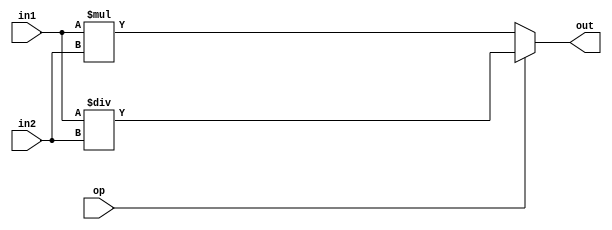
module FU_MUL_DIV(op, in1, in2, out);

	input op;
	input [15:0] in1, in2;
	output [15:0] out;
	
	reg [15:0] temp;
	
	always@(*)
	begin
		if(op)
		begin
			temp = in1 / in2;
		end
		else
			temp = in1 * in2;
		begin
			
		end
	end
	
	assign out = temp;
	
endmodule